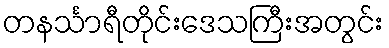
တနင်္သာရီတိုင်းဒေသကြီးအတွင်း